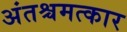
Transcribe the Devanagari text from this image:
अंतश्चमत्कार